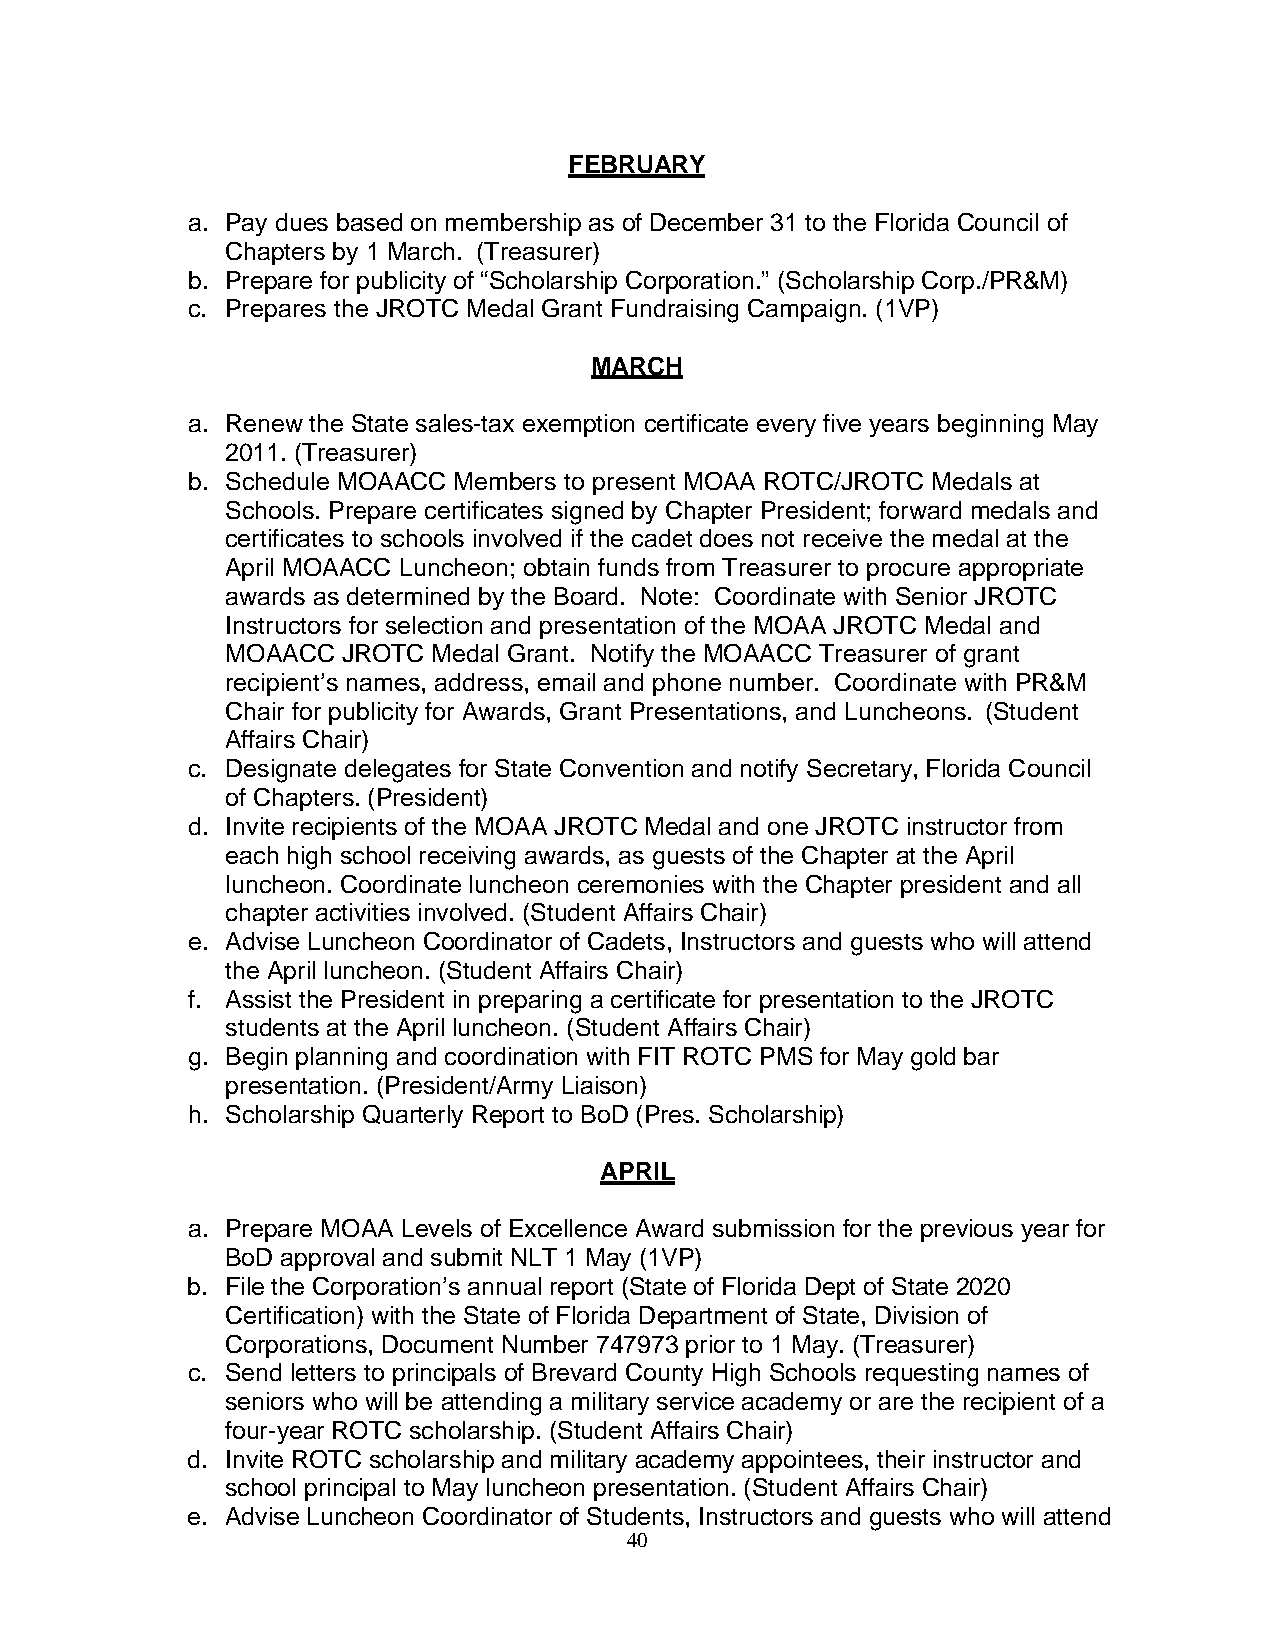
FEBRUARY
 a. Pay dues based on membership as of December 31 to the Florida Council of
 Chapters by 1 March. (Treasurer)
 b. Prepare for publicity of “Scholarship Corporation.” (Scholarship Corp./PR&M)
 c. Prepares the JROTC Medal Grant Fundraising Campaign. (1VP)
 MARCH
 a. Renew the State sales-tax exemption certificate every five years beginning May
 2011. (Treasurer)
 b. Schedule MOAACC Members to present MOAA ROTC/JROTC Medals at
 Schools. Prepare certificates signed by Chapter President; forward medals and
 certificates to schools involved if the cadet does not receive the medal at the
 April MOAACC Luncheon; obtain funds from Treasurer to procure appropriate
 awards as determined by the Board. Note: Coordinate with Senior JROTC
 Instructors for selection and presentation of the MOAA JROTC Medal and
 MOAACC  JROTC Medal Grant. Notify the MOAACC Treasurer of grant
 recipient’s names, address, email and phone number. Coordinate with PR&M
 Chair for publicity for Awards, Grant Presentations, and Luncheons. (Student
 Affairs Chair)
 c. Designate delegates for State Convention and notify Secretary, Florida Council
 of Chapters. (President)
 d. Invite recipients of the MOAA JROTC Medal and one JROTC instructor from
 each high school receiving awards, as guests of the Chapter at the April
 luncheon. Coordinate luncheon ceremonies with the Chapter president and all
 chapter activities involved. (Student Affairs Chair)
 e. Advise Luncheon Coordinator of Cadets, Instructors and guests who will attend
 the April luncheon. (Student Affairs Chair)
 f. Assist the President in preparing a certificate for presentation to the JROTC
 students at the April luncheon. (Student Affairs Chair)
 g. Begin planning and coordination with FIT ROTC PMS for May gold bar
 presentation. (President/Army Liaison)
 h. Scholarship Quarterly Report to BoD (Pres. Scholarship)
 APRIL
 a. Prepare MOAA Levels of Excellence Award submission for the previous year for
 BoD approval and submit NLT 1 May (1VP)
 b. File the Corporation’s annual report (State of Florida Dept of State 2020
 Certification) with the State of Florida Department of State, Division of
 Corporations, Document Number 747973 prior to 1 May. (Treasurer)
 c. Send letters to principals of Brevard County High Schools requesting names of
 seniors who will be attending a military service academy or are the recipient of a
 four-year ROTC scholarship. (Student Affairs Chair)
 d. Invite ROTC scholarship and military academy appointees, their instructor and
 school principal to May luncheon presentation. (Student Affairs Chair)
 e. Advise Luncheon Coordinator of Students, Instructors and guests who will attend
 40